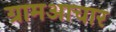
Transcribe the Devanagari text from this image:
ग्रामआचार